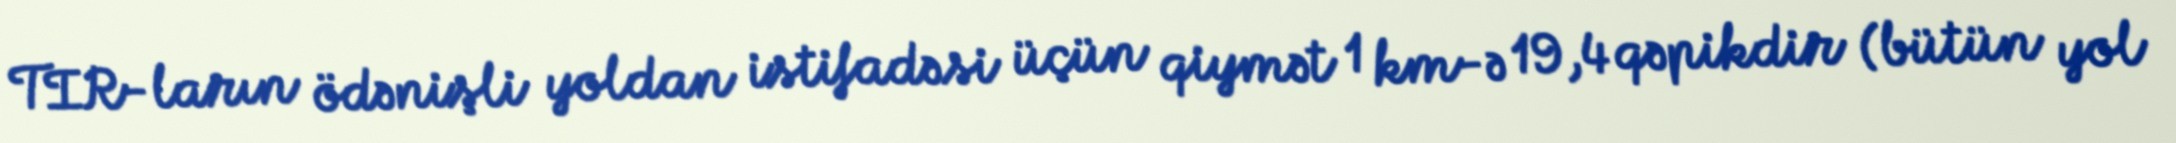
TIR-ların ödənişli yoldan istifadəsi üçün qiymət 1 km-ə 19,4 qəpikdir (bütün yol